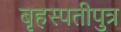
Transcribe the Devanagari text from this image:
बृहस्पतीपुत्र